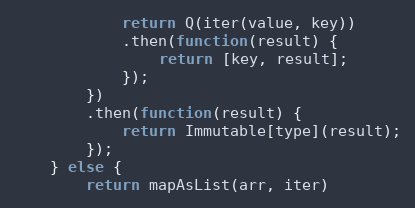
Language: JavaScript
            return Q(iter(value, key))
            .then(function(result) {
                return [key, result];
            });
        })
        .then(function(result) {
            return Immutable[type](result);
        });
    } else {
        return mapAsList(arr, iter)